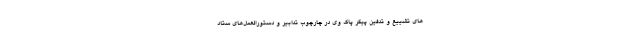
های تشییع و تدفین پیکر پاک وی در چارچوب تدابیر و دستورالعمل‌های ستاد